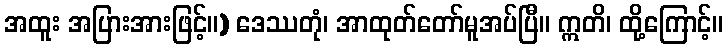
အထူး အပြားအားဖြင့်။) ဒေဿတုံ၊ အာထုတ်တော်မူအပ်ပြီ။ ဣတိ၊ ထို့ကြောင့်။